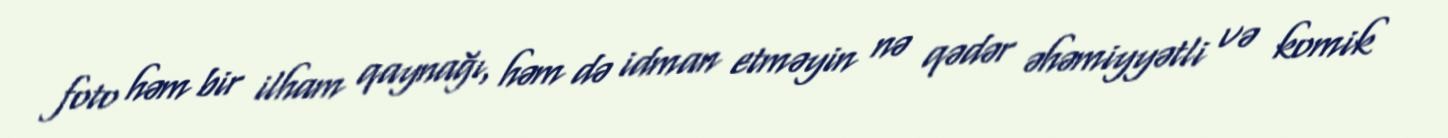
foto həm bir ilham qaynağı, həm də idman etməyin nə qədər əhəmiyyətli və komik